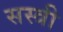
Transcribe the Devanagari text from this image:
सस्त्री